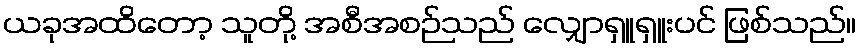
ယခုအထိတော့ သူတို့ အစီအစဉ်သည် လျှောရှူရှူးပင် ဖြစ်သည်။